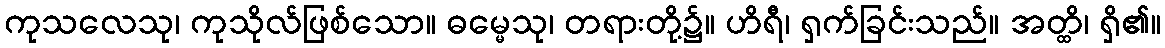
ကုသလေသု၊ ကုသိုလ်ဖြစ်သော။ ဓမ္မေသု၊ တရားတို့၌။ ဟိရီ၊ ရှက်ခြင်းသည်။ အတ္ထိ၊ ရှိ၏။